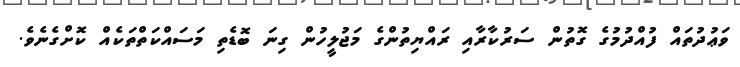
ވަޢުދުތައް ފުއްދުމުގެ ގޮތުން ސަރުކާރާއި ރައްޔިތުންގެ މަޖުލީހުން ގިނަ ބޮޑެތި މަސައްކަތްތަކެއް ކޮށްގެނެވެ.